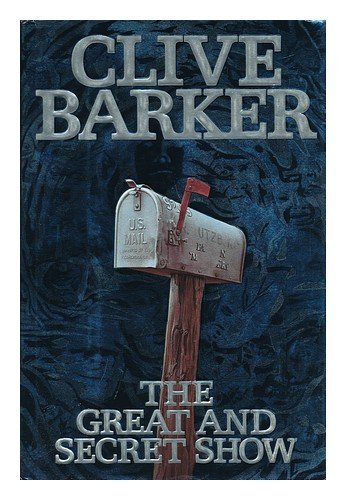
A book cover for The Great and Secret Show (Book of the Art, No. 1); Clive Barker; Literature & Fiction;